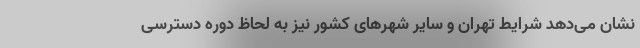
نشان می‌دهد شرایط تهران و سایر شهرهای کشور نیز به لحاظ دوره دسترسی